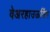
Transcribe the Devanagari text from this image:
वेअरहाउऊसिंग